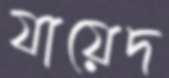
যায়েদ